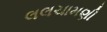
લલચામણી